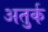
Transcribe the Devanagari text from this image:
अतुर्क